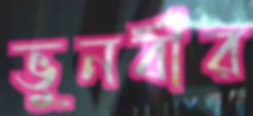
ভুনবীর